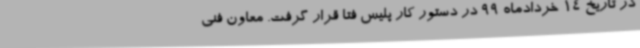
در تاریخ 14 خردادماه 99 در دستور کار پلیس فتا قرار گرفت. معاون فنی